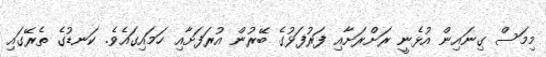
މިމަސް ގިނައިން އުޅެނީ ރަށްރަށާއި ފަރުފަޅުގެ ބޭރުން އުރަފަށާއި ހަމައިގައެވެ. ކަނޑުގެ ތެރޭގައި